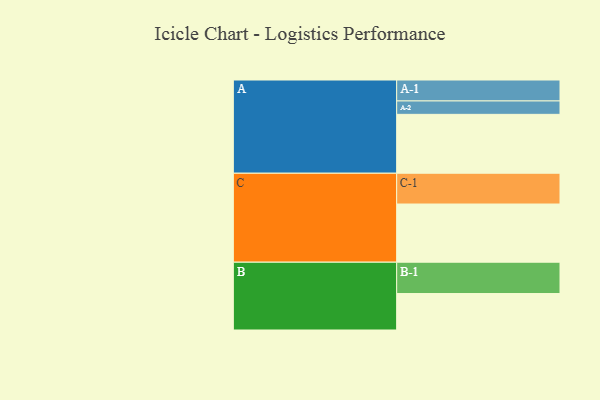
{"axis": {"x": "Segment", "y": "Value"}, "legend": ["", "A", "B", "C"], "data": [{"x": "A", "y": 509, "type": ""}, {"x": "B", "y": 315, "type": ""}, {"x": "C", "y": 503, "type": ""}, {"x": "A-1", "y": 181, "type": "A"}, {"x": "A-2", "y": 116, "type": "A"}, {"x": "B-1", "y": 271, "type": "B"}, {"x": "C-1", "y": 266, "type": "C"}]}